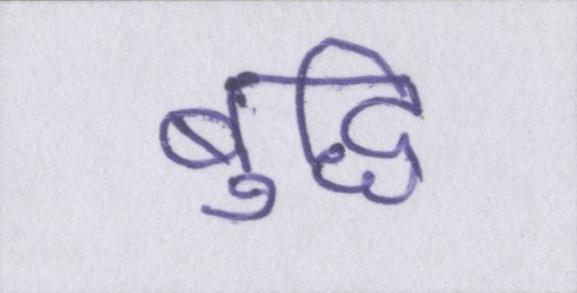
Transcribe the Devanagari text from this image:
बुद्धि